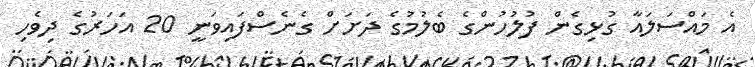
އެ މައްސަލައާ ގުޅިގެން ފުލުހުންގެ ބެލުމުގެ ދަށަށް ގެނެސްފައިވަނީ 20 އަހަރުގެ ދިވެހި